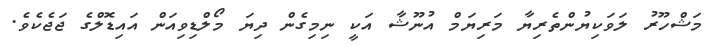
މަޝްހޫރު ލަވަކިޔުންތެރިޔާ މަރިޔަމް އުނޫޝާ އަކީ ނިމިގެން ދިޔަ މޯލްޑިވިއަން އައިޑޮލްގެ ޖަޖެކެވެ.